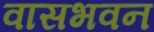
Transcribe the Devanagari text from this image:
वासभवन